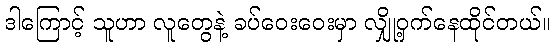
ဒါကြောင့် သူဟာ လူတွေနဲ့ ခပ်ဝေးဝေးမှာ လျှို့ဝှက်နေထိုင်တယ်။